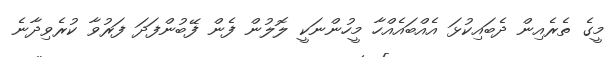
މީގެ ތެރެއިން ދެބައިކުޅަ އެއްބައެއްހާ މީހުންނަކީ ލޮލުން ފެން ފޭބުންފަދަ ފަރުވާ ކުރެވިދާނެ